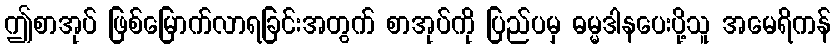
ဤစာအုပ် ဖြစ်မြောက်လာရခြင်းအတွက် စာအုပ်ကို ပြည်ပမှ ဓမ္မဒါနပေးပို့သူ အမေရိကန်